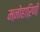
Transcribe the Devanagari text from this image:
मऩोहाऱिणी